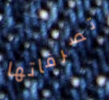
تصرفاتها